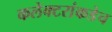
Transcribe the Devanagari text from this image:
कलेक्टरांकडेच